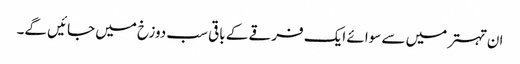
ان تہتر میں سے سوائے ایک فرقے کے باقی سب دوزخ میں جائیں گے۔